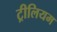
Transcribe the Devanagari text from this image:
ट्रीलियम